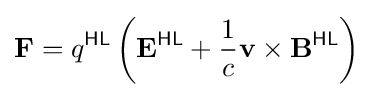
\mathbf {F} =q^{\textsf {HL}}\left(\mathbf {E} ^{\textsf {HL}}+{\frac {1}{c}}\mathbf {v} \times \mathbf {B} ^{\textsf {HL}}\right)